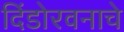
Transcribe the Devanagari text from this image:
दिंडोरवनाचे